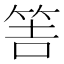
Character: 𥭅